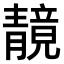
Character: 𫕼